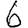
Digit: 6